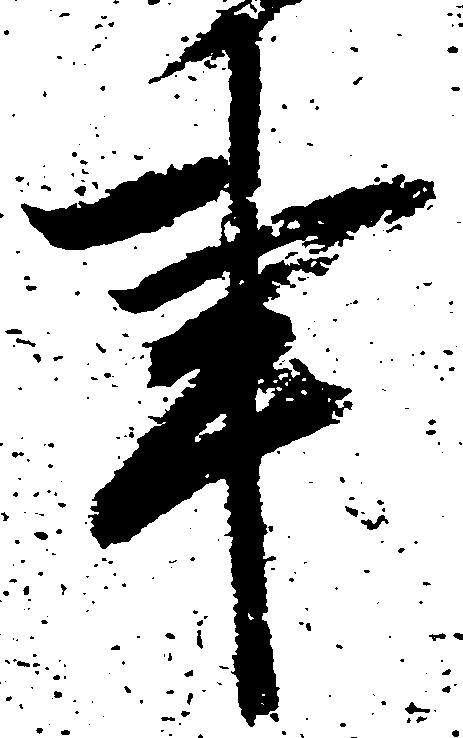
事